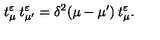
t _ { \mu } ^ { \varepsilon } \: t _ { \mu ^ { \prime } } ^ { \varepsilon } = \delta ^ { 2 } ( \mu - \mu ^ { \prime } ) \: t _ { \mu } ^ { \varepsilon } .